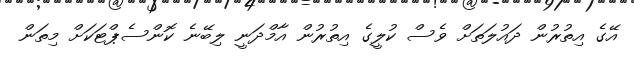
އޭގެ އިތުރުން ދައުލަތަށް ވެސް ކުލީގެ އިތުރުން އާމްދަނީ ލިބޭނެ ކޮންސެޕްޓަކަށް މިތަން